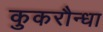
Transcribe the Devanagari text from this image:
कुकरौन्धा